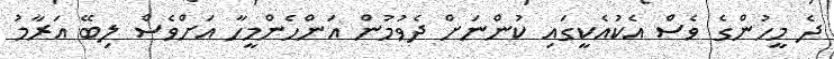
ދެ މީހުންގެ ވެސް އެކުއެކީގައި ކުންނަށް ދެވުމުން އަންހެންމީހާ އަށްވެސް ލިބޭ އަރާމު